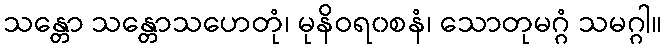
သန္တော သန္တောသဟေတုံ၊ မုနိဝရ၀စနံ၊ သောတုမဂ္ဂံ သမဂ္ဂါ။